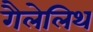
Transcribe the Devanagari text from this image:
गैलेलिथ